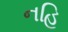
નહિ